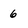
Character: 6